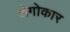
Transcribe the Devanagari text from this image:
शेगोकार